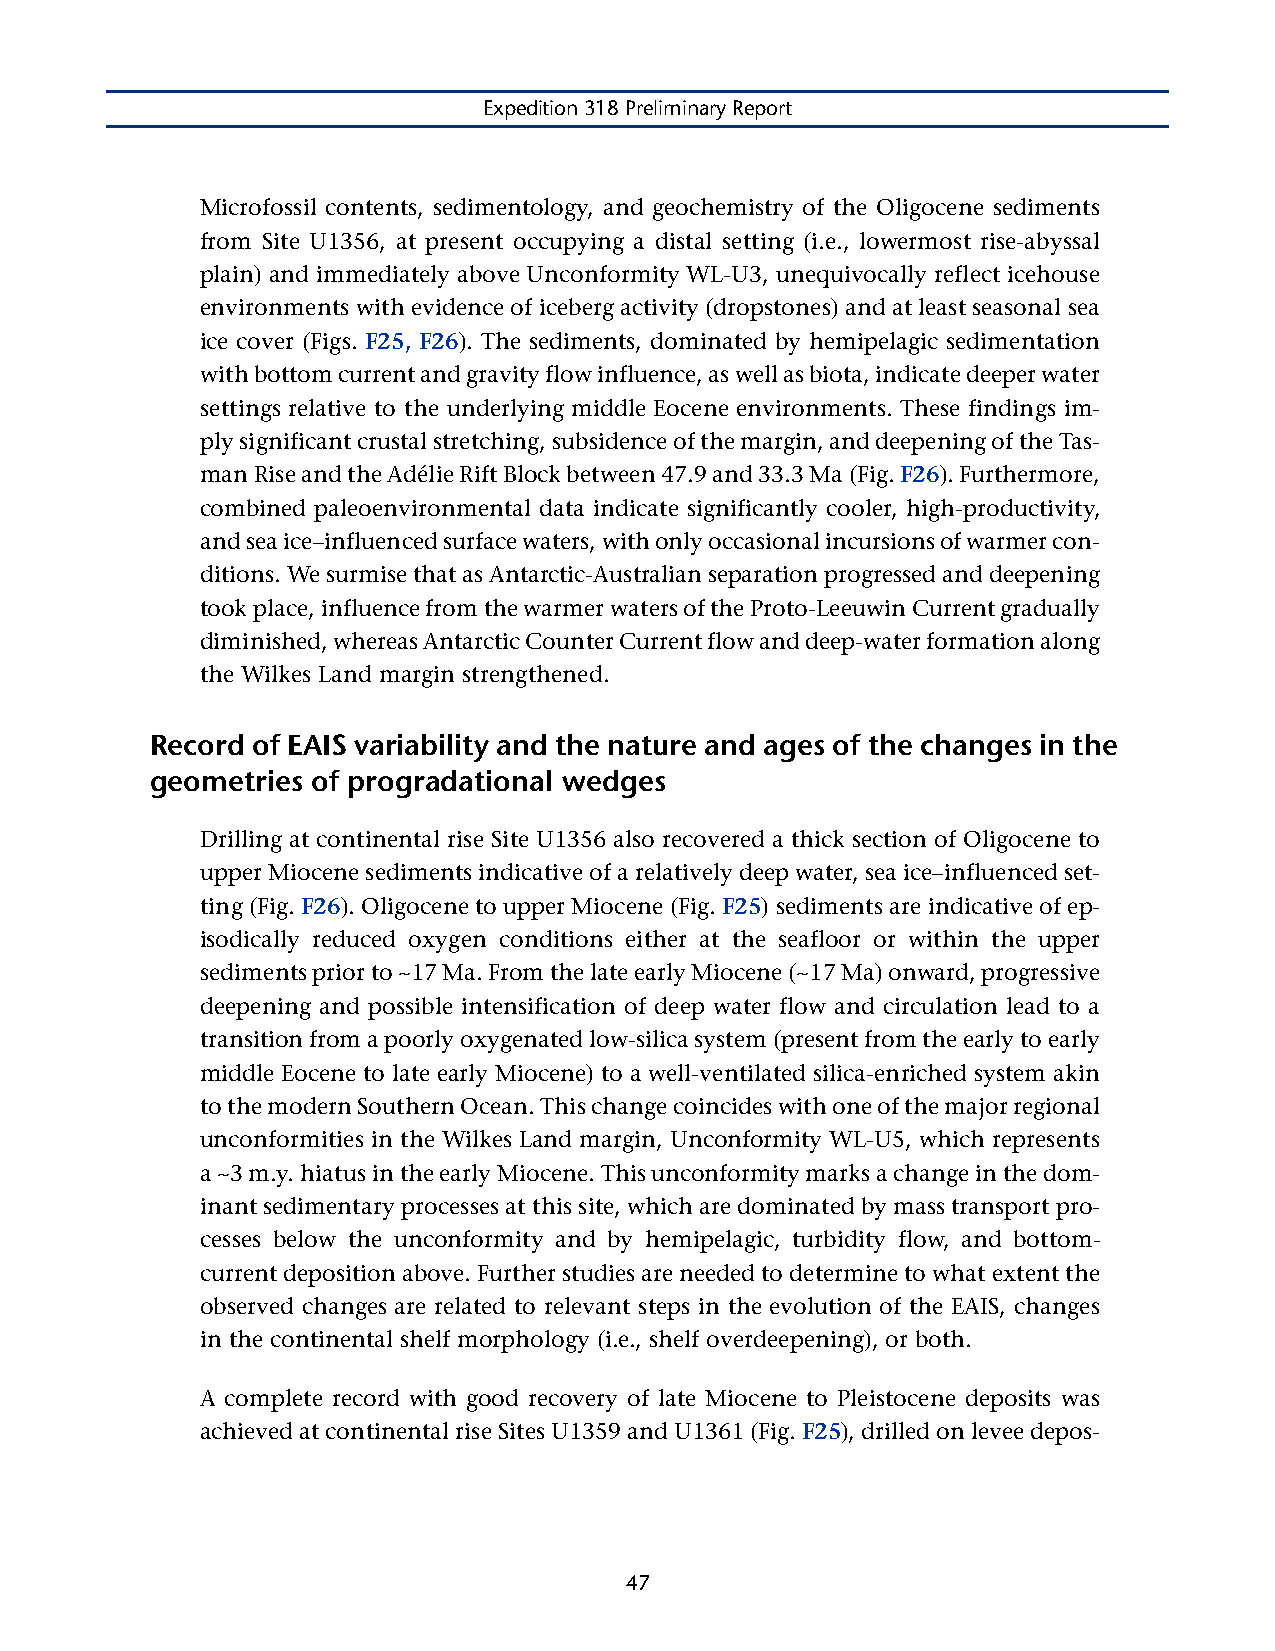
Expedition 318 Preliminary Report
 Microfossil contents, sedimentology, and geochemistry of the Oligocene sediments
 from Site U1356, at present occupying a distal setting (i.e., lowermost rise-abyssal
 plain) and immediately above Unconformity WL-U3, unequivocally reflect icehouse
 environments with evidence of iceberg activity (dropstones) and at least seasonal sea
 ice cover (Figs. F25, F26). The sediments, dominated by hemipelagic sedimentation
 with bottom current and gravity flow influence, as well as biota, indicate deeper water
 settings relative to the underlying middle Eocene environments. These findings im-
 ply significant crustal stretching, subsidence of the margin, and deepening of the Tas-
 man Rise and the Adélie Rift Block between 47.9 and 33.3 Ma (Fig. F26). Furthermore,
 combined paleoenvironmental data indicate significantly cooler, high-productivity,
 and sea ice–influenced surface waters, with only occasional incursions of warmer con-
 ditions. We surmise that as Antarctic-Australian separation progressed and deepening
 took place, influence from the warmer waters of the Proto-Leeuwin Current gradually
 diminished, whereas Antarctic Counter Current flow and deep-water formation along
 the Wilkes Land margin strengthened.
 Record of EAIS variability and the nature and ages of the changes in the
 geometries of progradational wedges
 Drilling at continental rise Site U1356 also recovered a thick section of Oligocene to
 upper Miocene sediments indicative of a relatively deep water, sea ice–influenced set-
 ting (Fig. F26). Oligocene to upper Miocene (Fig. F25) sediments are indicative of ep-
 isodically reduced oxygen conditions either at the seafloor or within the upper
 sediments prior to ~17 Ma. From the late early Miocene (~17 Ma) onward, progressive
 deepening and possible intensification of deep water flow and circulation lead to a
 transition from a poorly oxygenated low-silica system (present from the early to early
 middle Eocene to late early Miocene) to a well-ventilated silica-enriched system akin
 to the modern Southern Ocean. This change coincides with one of the major regional
 unconformities in the Wilkes Land margin, Unconformity WL-U5, which represents
 a ~3 m.y. hiatus in the early Miocene. This unconformity marks a change in the dom-
 inant sedimentary processes at this site, which are dominated by mass transport pro-
 cesses below the unconformity and by hemipelagic, turbidity flow, and bottom-
 current deposition above. Further studies are needed to determine to what extent the
 observed changes are related to relevant steps in the evolution of the EAIS, changes
 in the continental shelf morphology (i.e., shelf overdeepening), or both.
 A complete record with good recovery of late Miocene to Pleistocene deposits was
 achieved at continental rise Sites U1359 and U1361 (Fig. F25), drilled on levee depos-
 47